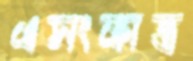
এসংক্রান্ত